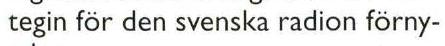
tegin för den svenska radion förny-